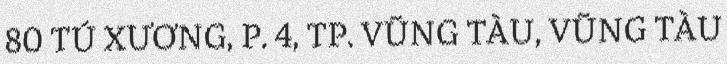
80 TÚ XƯƠNG, P. 4, TP. VŨNG TÀU, VŨNG TÀU